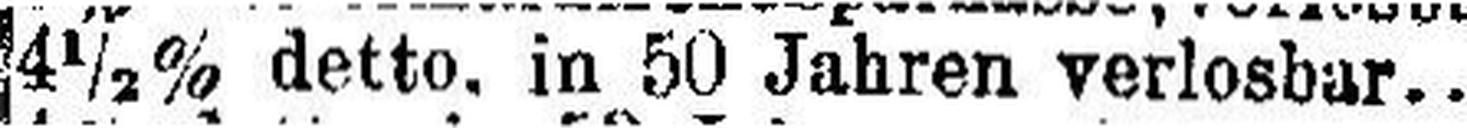
4½% detto. in 50 Jahren verlosbar...